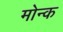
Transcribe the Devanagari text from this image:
मोन्क